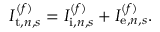
I _ { \mathrm { t } , n , s } ^ { ( f ) } = I _ { \mathrm { i } , n , s } ^ { ( f ) } + I _ { \mathrm { e } , n , s } ^ { ( f ) } .